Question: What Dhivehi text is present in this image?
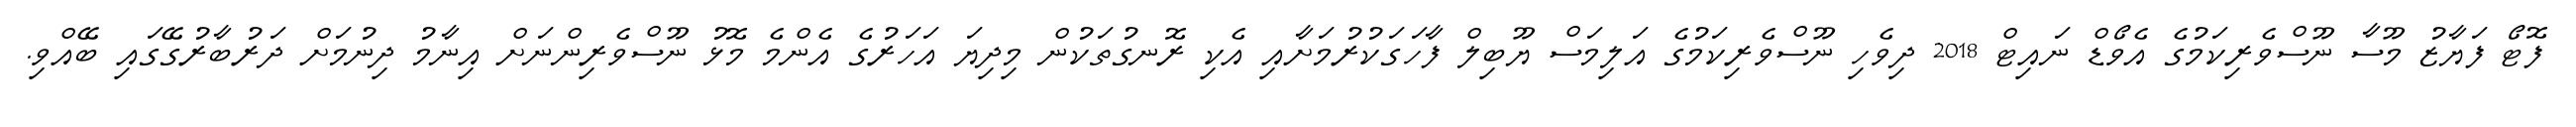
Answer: ފޮޓޯ ފަޔާޒު މޫސާ ނޫސްވެރިކަމުގެ އެވޯޑް ނައިޓް 2018 ދިވެހި ނޫސްވެރިކަމުގެ އަލިމަސް ޔޫބިލް ފާހަގަކުރުމަށާއި އެކި ރޮނގުތަކުން މިދިޔަ އަހަރުގެ އެންމެ މޮޅު ނޫސްވެރިންނަށް އިނާމު ދިނުމަށް ދަރުބާރުގޭގައި ބޭއްވި.